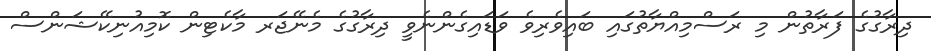
ދިރާގުގެ ފަރާތުން މި ރަސްމިއްޔާތުގައި ބައިވެރިވެ ވަޑައިގެންނެވީ ދިރާގުގެ މެނޭޖަރ މާކެޓިން ކޮމިއުނިކޭޝަންސް